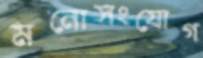
মনোসংযোগ